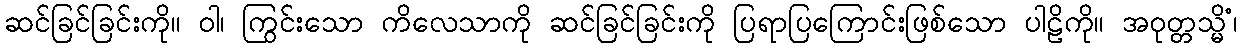
ဆင်ခြင်ခြင်းကို။ ဝါ၊ ကြွင်းသော ကိလေသာကို ဆင်ခြင်ခြင်းကို ပြရာပြကြောင်းဖြစ်သော ပါဠိကို။ အဝုတ္တသ္မိံ၊